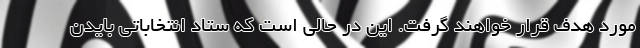
مورد هدف قرار خواهند گرفت. این در حالی است که ستاد انتخاباتی بایدن